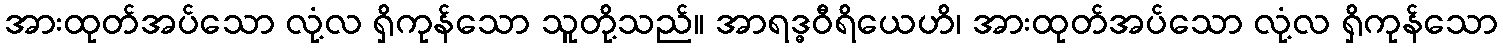
အားထုတ်အပ်သော လုံ့လ ရှိကုန်သော သူတို့သည်။ အာရဒ္ဓဝီရိယေဟိ၊ အားထုတ်အပ်သော လုံ့လ ရှိကုန်သော